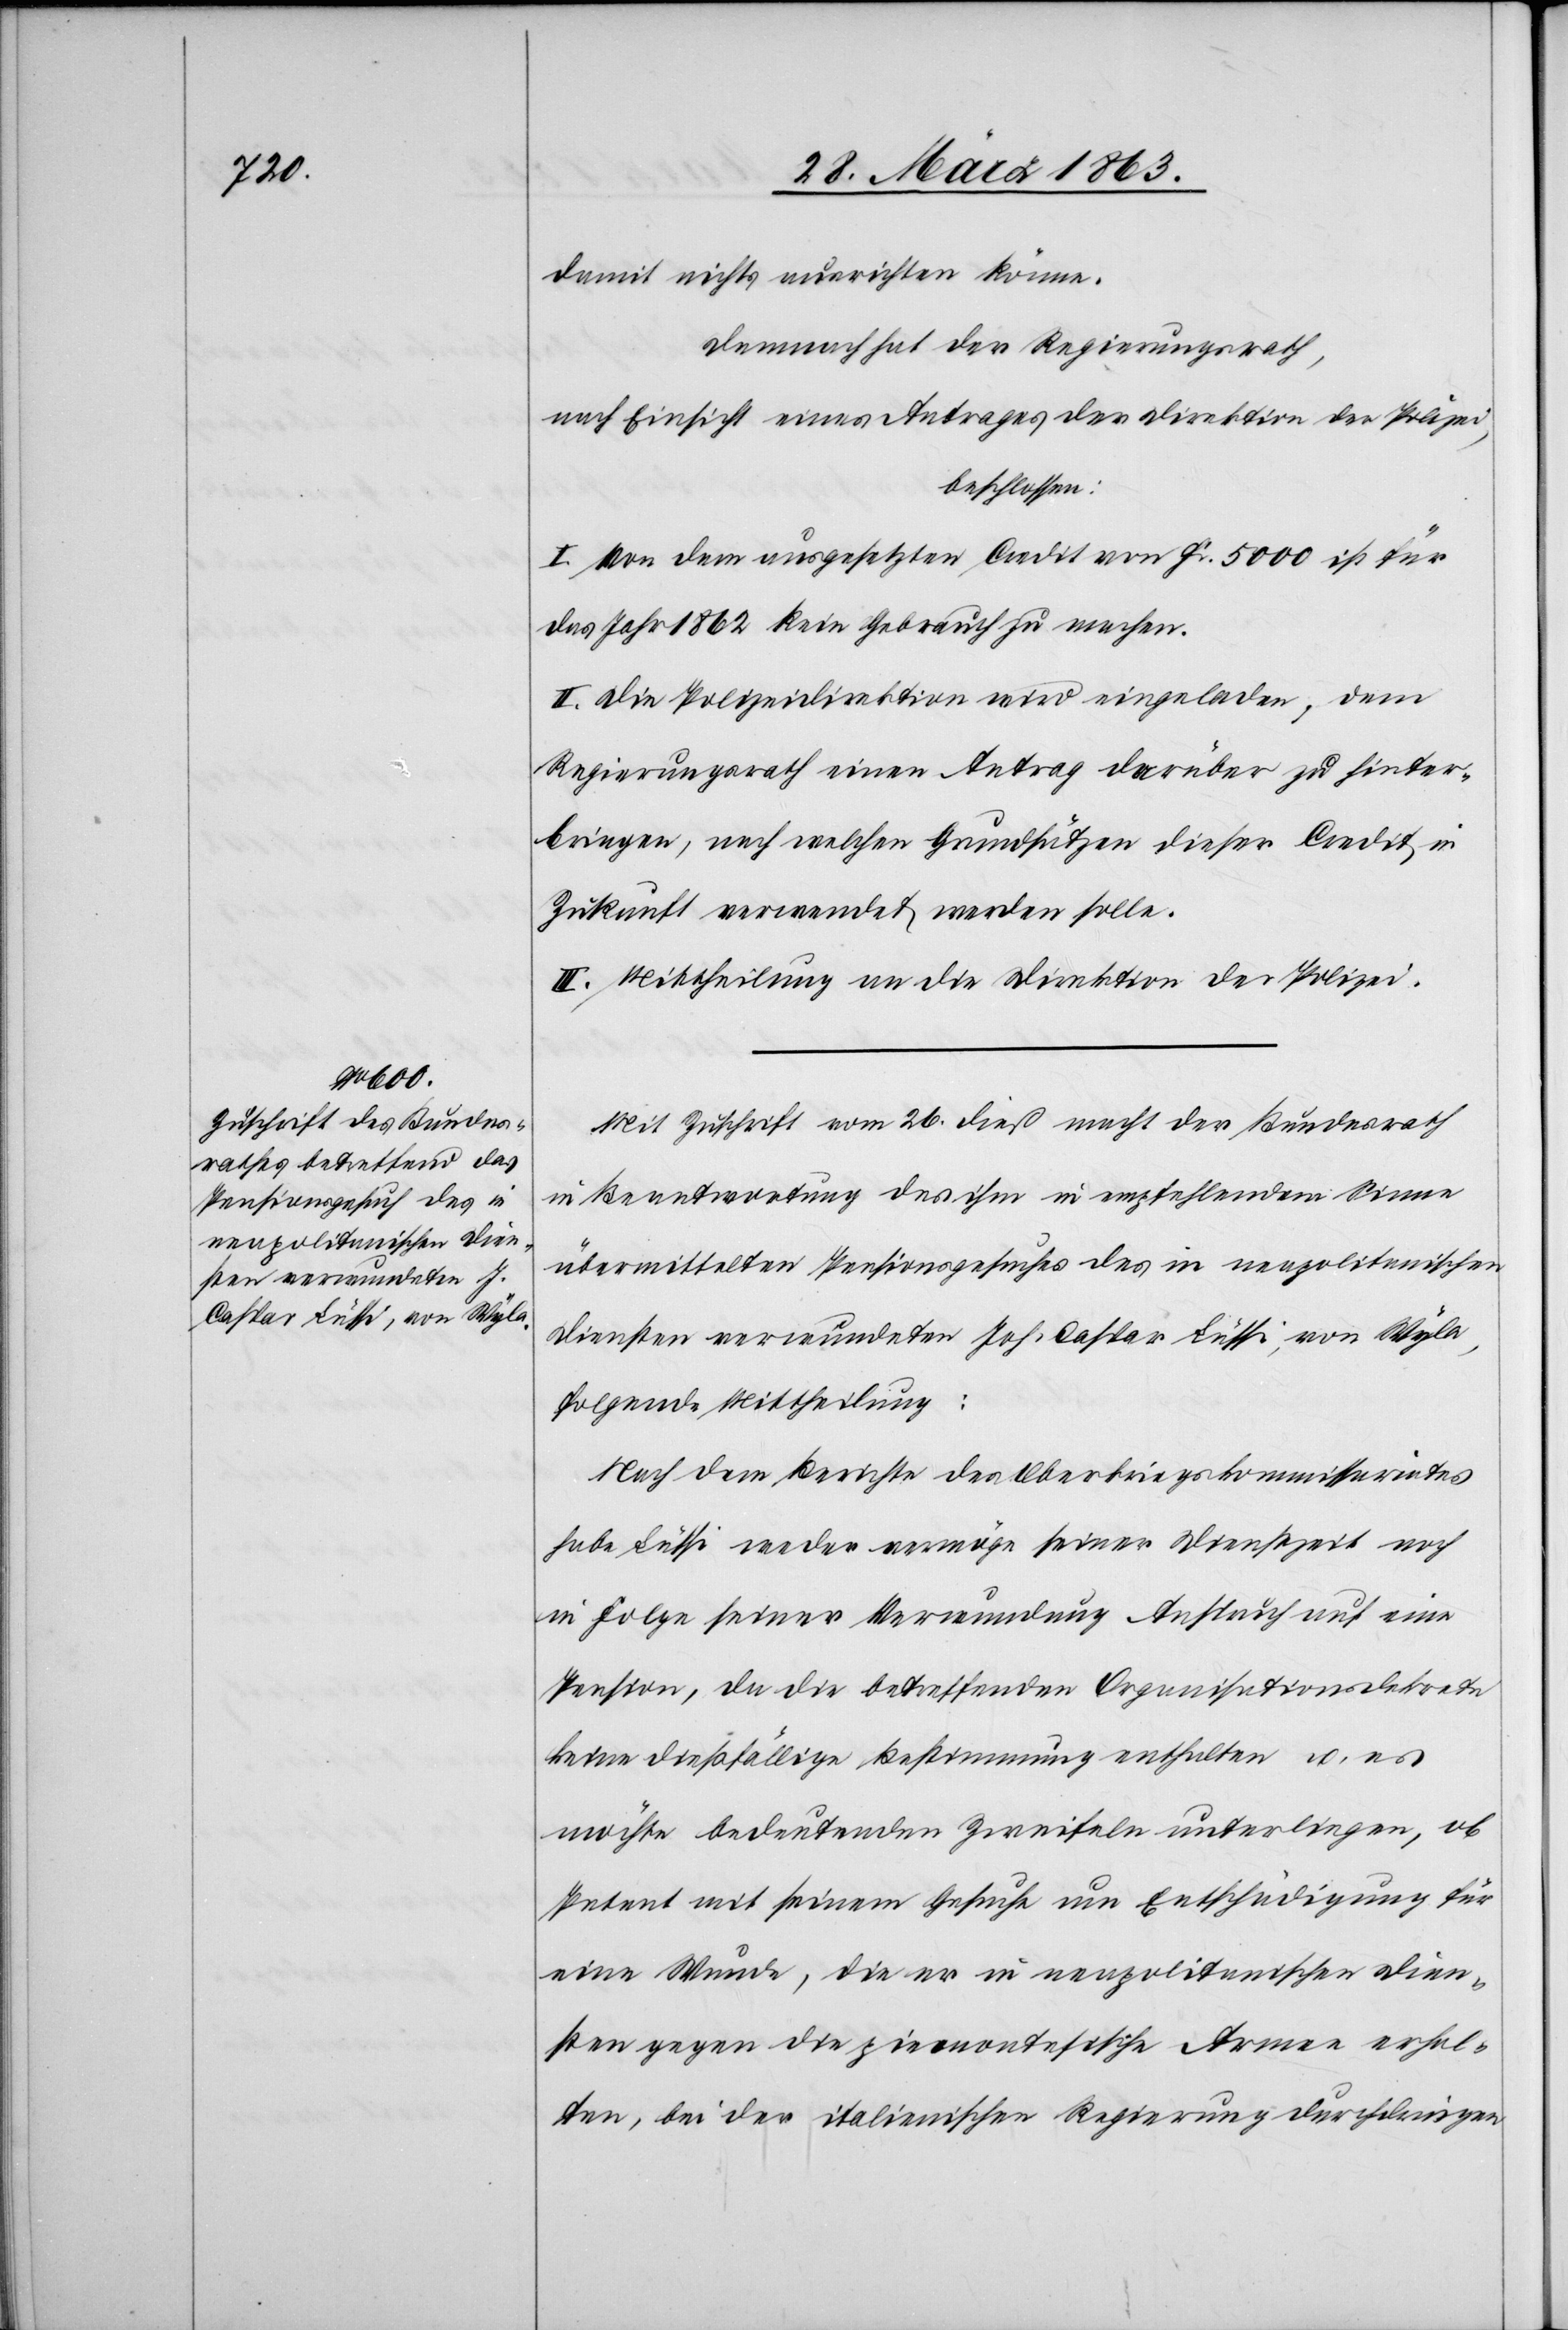
damit nichts ausrichten könne.
Demnach hat der Regierungsrath,
nach Einsicht eines Antrages der Direktion der Polizei,
beschlossen:
I. Von dem ausgesetzten Credit von Fr. 5000 ist für
das Jahr 1862 kein Gebrauch zu machen.
II. Die Polizeidirektion wird eingeladen, dem
Regierungsrath einen Antrag darüber zu hinter¬
bringen, nach welchen Grundsätzen dieser Credit in
Zukunft verwendet werden solle.
III. Mittheilung an die Direktion der Polizei.
Mit Zuschrift vom 26. dieß macht der Bundesrath
in Beantwortung des ihm in empfehlendem Sinne
übermittelten Pensionsgesuches des in neapolitanischen
Diensten verwundeten Joh. Caspar Lüssi, von Wyla,
folgende Mittheilung:
Nach dem Berichte des Oberkriegskommissariates
habe Lüssi weder vermöge seiner Dienstzeit noch
in Folge seiner Verwundung Anspruch auf eine
Pension, da die betreffenden Organisationsdekrete
keine dießfällige Bestimmung enthalten u. es
möchte bedeutenden Zweifeln unterliegen, ob
Petent mit seinem Gesuche um Entschädigung für
eine Wunde, die er in neapolitanischen Dien¬
sten gegen die piemontesische Armee erhal¬
ten, bei der italienischen Regierung durchdringen